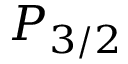
P _ { 3 / 2 }